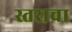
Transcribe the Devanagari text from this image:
स्तराचा